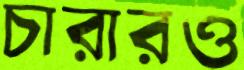
চারারও